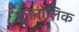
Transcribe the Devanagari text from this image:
फ़ीनोलिक